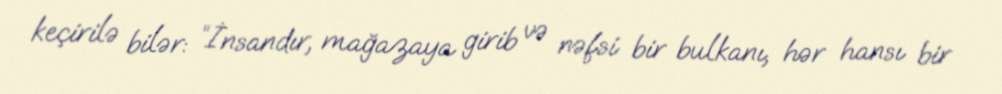
keçirilə bilər: “İnsandır, mağazaya girib və nəfsi bir bulkanı, hər hansı bir